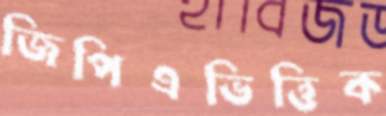
জিপিএভিত্তিক